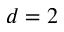
d = 2